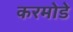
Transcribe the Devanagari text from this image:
करमोडे